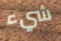
شيء